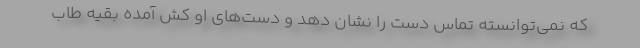
که نمی‌توانسته تماس دست را نشان دهد و دست‌های او کش آمده بقیه طاب